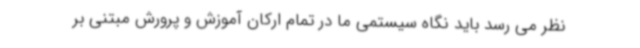
نظر می رسد باید نگاه سیستمی ما در تمام ارکان آموزش و پرورش مبتنی بر